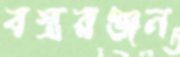
বস্ত্ররঞ্জন